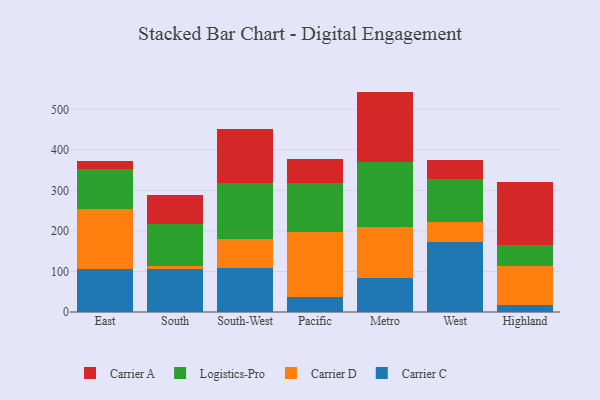
{"axis": {"x": "Region", "y": "Market Share (%)"}, "legend": ["Carrier A", "Carrier C", "Carrier D", "Logistics-Pro"], "data": [{"x": "East", "y": 105.2, "type": "Carrier C"}, {"x": "East", "y": 148.1, "type": "Carrier D"}, {"x": "East", "y": 99.5, "type": "Logistics-Pro"}, {"x": "East", "y": 18.9, "type": "Carrier A"}, {"x": "South", "y": 105.8, "type": "Carrier C"}, {"x": "South", "y": 7.7, "type": "Carrier D"}, {"x": "South", "y": 103.5, "type": "Logistics-Pro"}, {"x": "South", "y": 72.6, "type": "Carrier A"}, {"x": "South-West", "y": 107.6, "type": "Carrier C"}, {"x": "South-West", "y": 71.6, "type": "Carrier D"}, {"x": "South-West", "y": 140.0, "type": "Logistics-Pro"}, {"x": "South-West", "y": 133.0, "type": "Carrier A"}, {"x": "Pacific", "y": 36.8, "type": "Carrier C"}, {"x": "Pacific", "y": 160.8, "type": "Carrier D"}, {"x": "Pacific", "y": 120.0, "type": "Logistics-Pro"}, {"x": "Pacific", "y": 59.8, "type": "Carrier A"}, {"x": "Metro", "y": 82.7, "type": "Carrier C"}, {"x": "Metro", "y": 127.2, "type": "Carrier D"}, {"x": "Metro", "y": 159.3, "type": "Logistics-Pro"}, {"x": "Metro", "y": 174.5, "type": "Carrier A"}, {"x": "West", "y": 172.5, "type": "Carrier C"}, {"x": "West", "y": 50.5, "type": "Carrier D"}, {"x": "West", "y": 104.2, "type": "Logistics-Pro"}, {"x": "West", "y": 48.1, "type": "Carrier A"}, {"x": "Highland", "y": 16.9, "type": "Carrier C"}, {"x": "Highland", "y": 97.1, "type": "Carrier D"}, {"x": "Highland", "y": 52.4, "type": "Logistics-Pro"}, {"x": "Highland", "y": 153.9, "type": "Carrier A"}]}